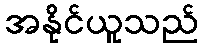
အနိုင်ယူသည်